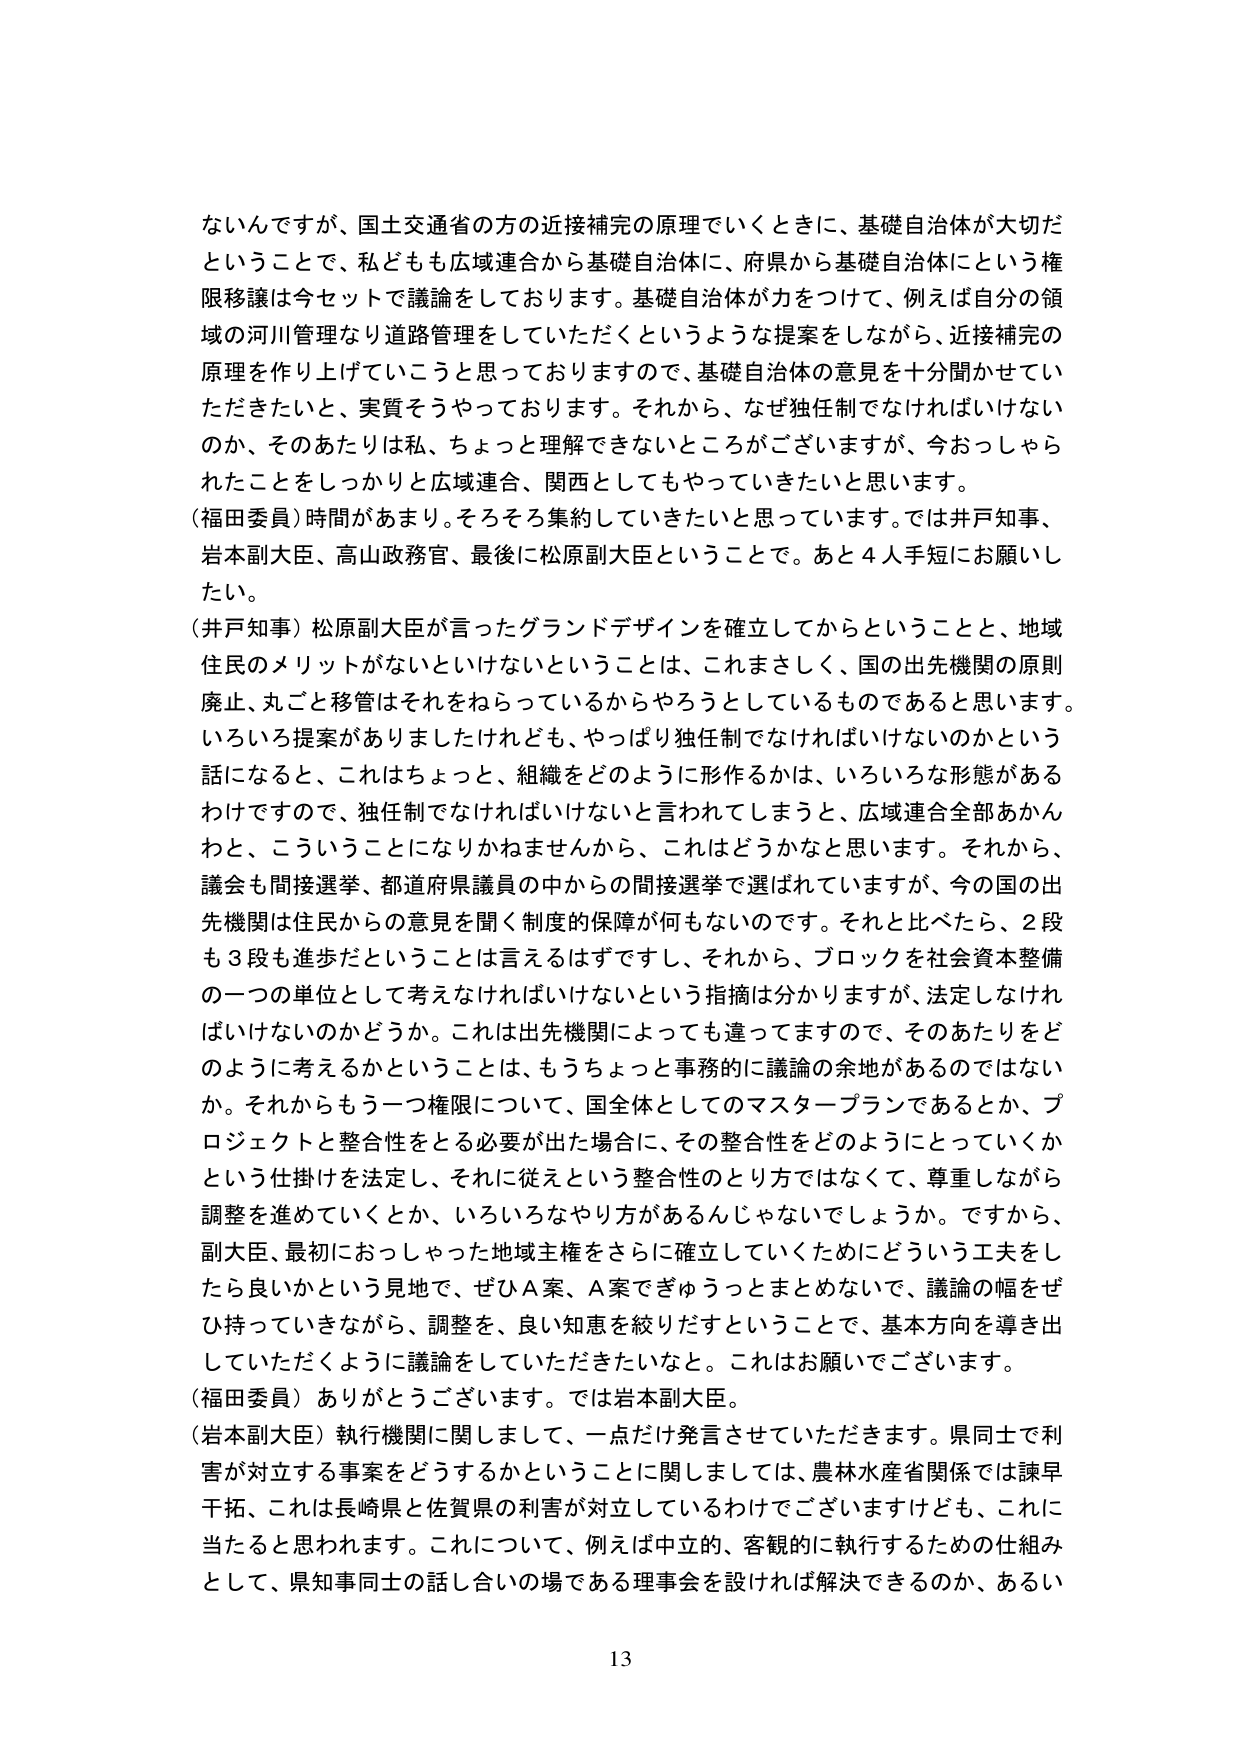
ないんですが、国土交通省の方の近接補完の原理でいくときに、基礎自治体が大切だ
ということで、私どもも広域連合から基礎自治体に、府県から基礎自治体にという権
限移譲は今セットで議論をしております。基礎自治体が力をつけて、例えば自分の領
域の河川管理なり道路管理をしていただくというような提案をしながら、近接補完の
原理を作り上げていこうと思っておりますので、基礎自治体の意見を十分聞かせてい
ただきたいと、実質そうやっております。それから、なぜ独任制でなければいけない
のか、そのあたりは私、ちょっと理解できないところがございますが、今おっしゃら
れたことをしっかりと広域連合、関西としてもやっていきたいと思います。
（福田委員）時間があまり。そろそろ集約していきたいと思っています。では井戸知事、
岩本副大臣、高山政務官、最後に松原副大臣ということで。あと４人手短にお願いし
たい。
（井戸知事）松原副大臣が言ったグランドデザインを確立してからということと、地域
住民のメリットがないといけないということは、これまさしく、国の出先機関の原則
廃止、丸ごと移管はそれをねらっているからやろうとしているものであると思います。
いろいろ提案がありましたけれども、やっぱり独任制でなければいけないのかという
話になると、これはちょっと、組織をどのように形作るかは、いろいろな態勢がある
わけですので、独任制でなければいけないと言われてしまうと、広域連合全部あかん
わと、こういうことになりかねませんから、これはどうかなと思います。それから、
議会も間接選挙、都道府県議員の中からの間接選挙で選ばれていますが、今の国の出
先機関は住民からの意見を聞く制度的保障が何もないのです。それと比べたら、2段
も3段も進歩だということは言えるはずですし、それから、ブロックを社会資本整備
の一つの単位として考えなければならないという指摘は分かりますが、法定しなけれ
ばいけないのかどうか。これは出先機関によっても違ってきますので、そのあたりをど
のように考えるかということは、もうちょっと事務的に議論の余地があるのではない
か。それからもう一つ権限について、国全体としてのマスタープランであるとか、プ
ロジェクトと整合性をとる必要が出た場合に、その整合性をどのようにとっていくか
という掛けを法定し、それに従えという整合性のとり方ではなくて、尊重しながら
調整を進めていくとか、いろいろなやり方があるんじゃないでしょうか。ですから、
副大臣、最初におっしゃった地域主権をさらに確立していくためにどういう工夫をし
たら良いかという見地で、ぜひA案、A案でぎゅうっとまとめないで、議論の幅をぜ
ひ持っていきながら、調整を、良い知恵を絞りだすということで、基本方向を導き出
していただくように議論をしていただきたいなと。これはお願いでございます。
（福田委員）ありがとうございます。では岩本副大臣。
（岩本副大臣）執行機関に関しまして、一点だけ発言させていただきます。県同士で利
害が対立する事案をどうするかということに関しましては、農林水産省関係では諫早
干拓、これは長崎県と佐賀県の利害が対立しているわけでございますけども、これに
当たると思われます。これについて、例えば中立的、客観的に執行するための仕組み
として、県知事同士の話し合いの場である理事会を設ければ解決できるのか、あるい

13